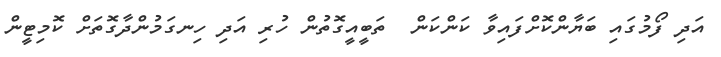
އަދި ފޯމުގައި ބަޔާންކޮށްފައިވާ ކަންކަން  ތަބީއީގޮތުން ހުރި އަދި ހިނގަމުންދާގޮތަށް ކޮމިޓީން